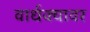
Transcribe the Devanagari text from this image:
वार्धक्यावर